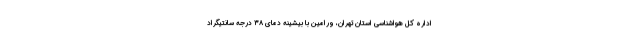
اداره کل هواشناسی استان تهران، ورامین با بیشینه دمای ۳۸ درجه سانتیگراد